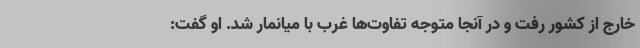
خارج از کشور رفت و در آنجا متوجه تفاوت‌ها غرب با میانمار شد. او گفت: